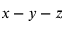
x - y - z